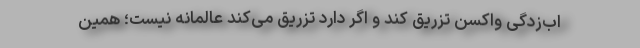
اب‌زدگی واکسن تزریق کند و اگر دارد تزریق می‌کند عالمانه نیست؛ همین